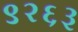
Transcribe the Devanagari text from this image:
९२६३